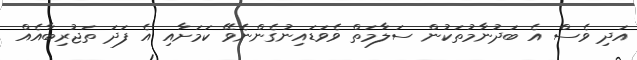
އަދި ވެސް އެ ބަދުނާމުތަކުން ސަލާމަތް ވެވަޑައިނުގެންނެވޭ ކަމަށާއި އެ ފަދަ ތަޖުރިބާއެއް